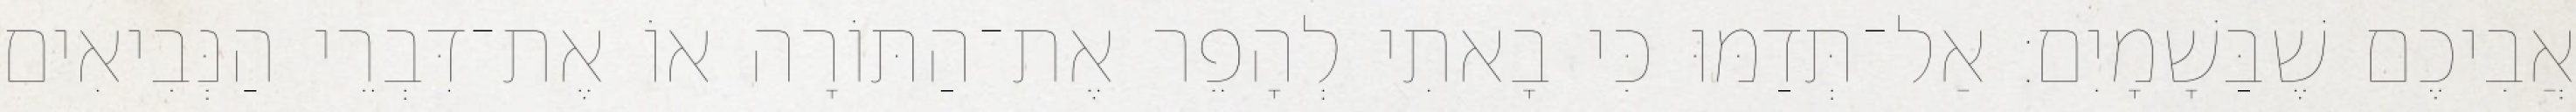
אֲבִיכֶם שֶׁבַּשָׁמָיִם׃ אַל־תְּדַמּוּ כִּי בָאתִי לְהָפֵר אֶת־הַתּוֹרָה אוֹ אֶת־דִּבְרֵי הַנְּבִיאִים